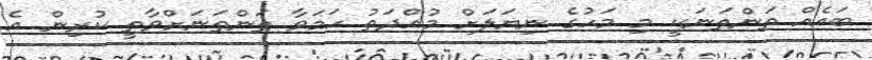
ބައެއް ތަންތަނަކީ މި މަހުގެ ނިޔަލަށް މުއްދަތު ހަމަވާ ތަންތަނަށްވާތީ ކުރިން އެ